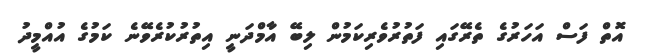
އޮތް ފަސް އަހަރުގެ ތެރޭގައި ފަތުރުވެރިކަމުން ލިބޭ އާމްދަނީ އިތުރުކުރެވޭނެ ކަމުގެ އުއްމީދު